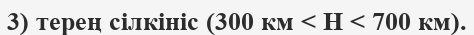
3) терең сілкініс (300 км < Н < 700 км).